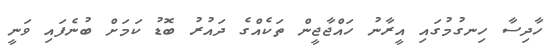
ހާދިސާ ހިނގުމުގައި އީރާނު ހައްޖާޖީން ތަކެއްގެ ދައުރު ބޮޑު ކަމަށް ބުނެފައި ވަނީ